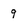
Character: 9